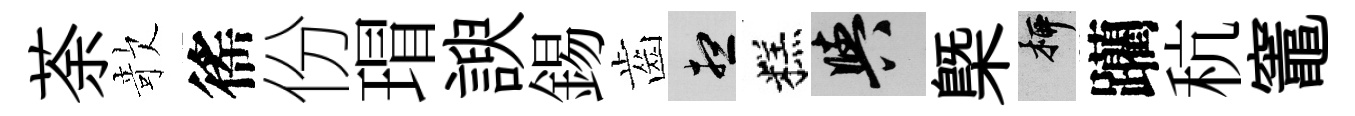
荼欹徭份瑁諛錫齒想糕阳槩柳躪秔竈